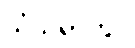
သံသရာတွင်